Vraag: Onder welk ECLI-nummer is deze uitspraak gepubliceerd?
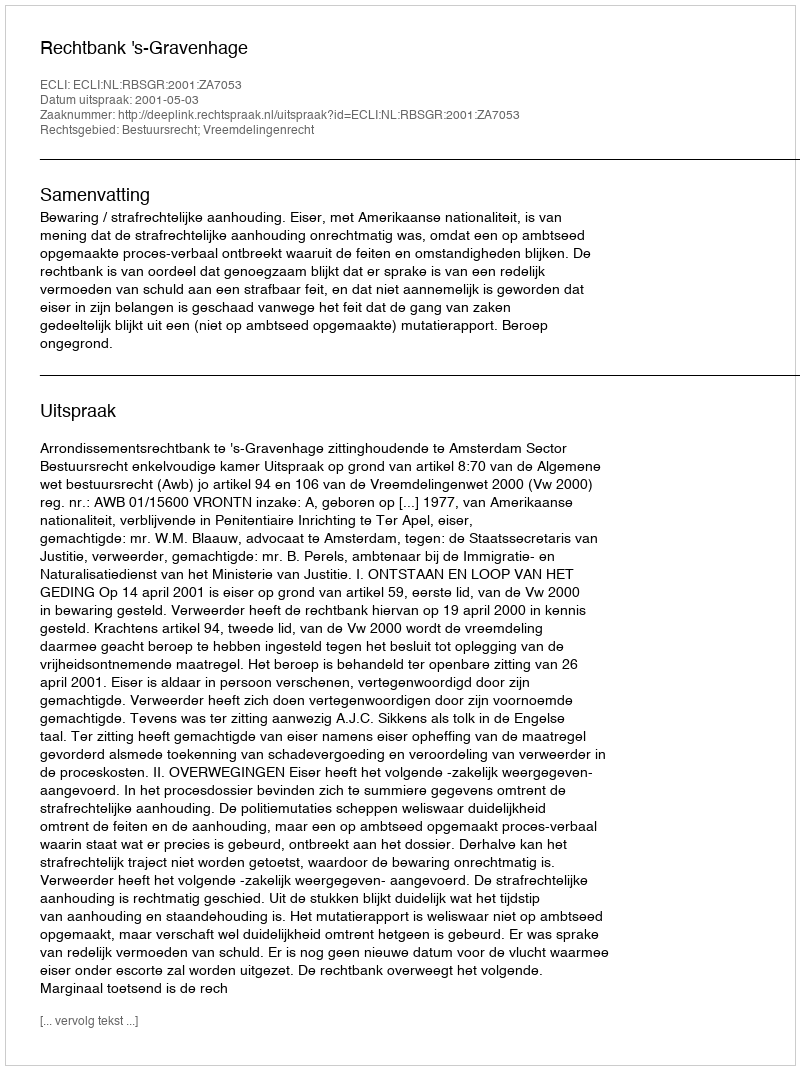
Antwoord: ECLI:NL:RBSGR:2001:ZA7053